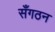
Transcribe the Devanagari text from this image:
सँगठन